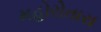
મહોરોતારા